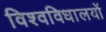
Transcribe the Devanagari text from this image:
विश्वविधालयों